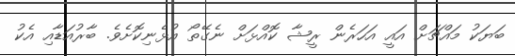
ބަޔަކު މައްޗަށް އައީ އަހަރެން ރީޝާ ކޮއްޅަށް ނެގޭތޯ އުޅެނިކޮށެވެ. ބާރުއަޑާއި އެކު